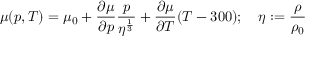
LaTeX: \mu ( p , T ) = \mu _ { 0 } + { \frac { \partial \mu } { \partial p } } { \frac { p } { \eta ^ { \frac { 1 } { 3 } } } } + { \frac { \partial \mu } { \partial T } } ( T - 3 0 0 ) ; \quad \eta : = { \frac { \rho } { \rho _ { 0 } } }